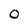
Character: O